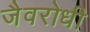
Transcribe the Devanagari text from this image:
जैवरोधी